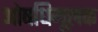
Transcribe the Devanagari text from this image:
ओषधिमूलक